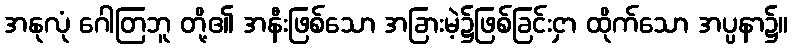
အနုလုံ ဂေါတြဘူ တို့၏ အနီးဖြစ်သော အခြားမဲ့၌ဖြစ်ခြင်းငှာ ထိုက်သော အပ္ပနာ၌။